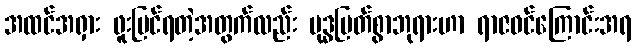
အထင်အရှား ဖူးမြင်ရတဲ့အတွက်လည်း ဗုဒ္ဓမြတ်စွာဘုရားဟာ ရာဇဝင်ကြောင်းအရ